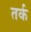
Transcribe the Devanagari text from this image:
तर्क